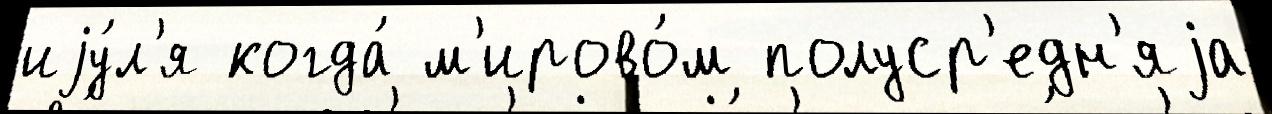
иjу́л'я когда́ м'ирово́м полуср'едн'яjа